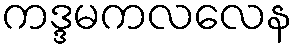
ကဒ္ဒမကလလေန